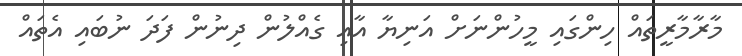
މާރާމާރީތައް ހިންގައި މީހުންނަށް އަނިޔާ އާއި ގެއްލުން ދިނުން ފަދަ ނުބައި އެތައް